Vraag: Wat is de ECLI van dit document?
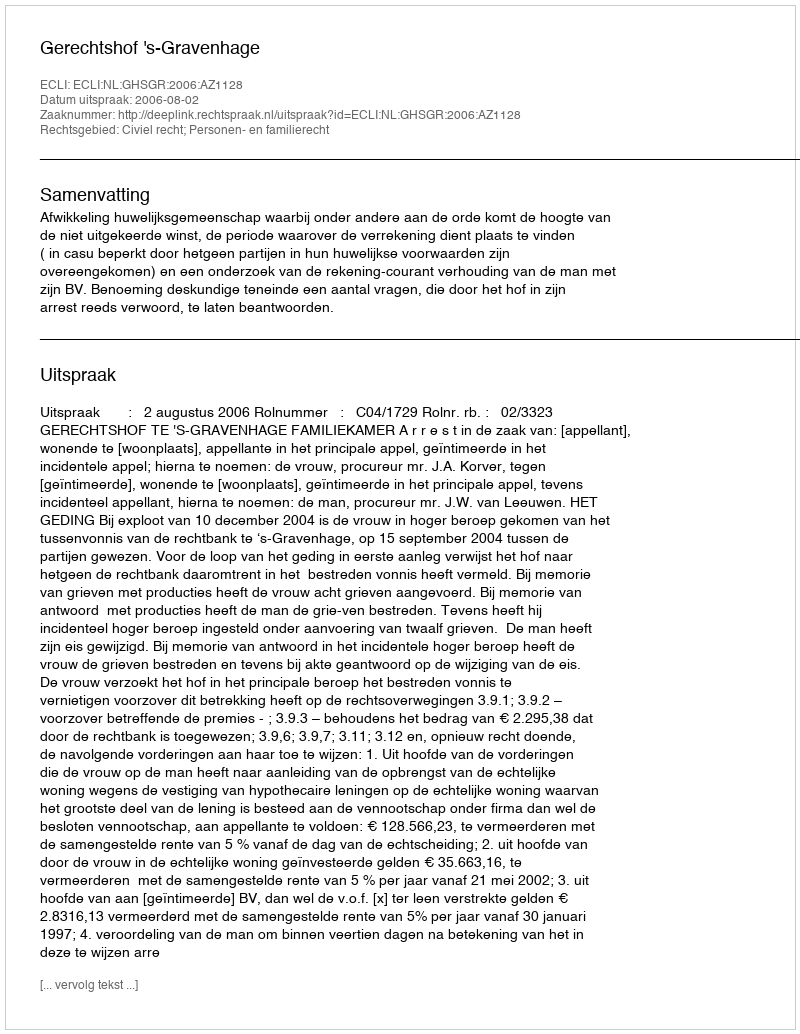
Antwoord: ECLI:NL:GHSGR:2006:AZ1128